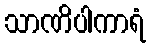
သာဏိပါကာရံ